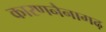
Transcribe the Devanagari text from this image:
कारणनैनागढ़